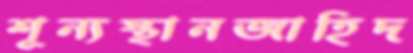
শূন্যস্থানজাহিদ